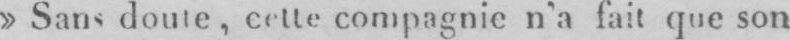
» Sans doute, cette compagnie n’a fait que son